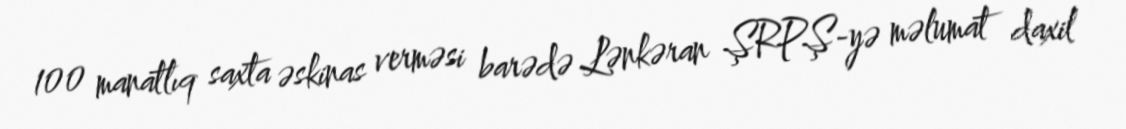
100 manatlıq saxta əskinas verməsi barədə Lənkəran ŞRPŞ-yə məlumat daxil